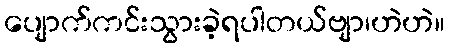
ပျောက်ကင်းသွားခဲ့ရပါတယ်ဗျာ၊ဟဲဟဲ။